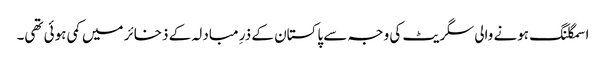
اسمگلنگ ہونے والی سگریٹ کی وجہ سے پاکستان کے ذرِ مبادلہ کے ذخائر میں کمی ہوئی تھی۔